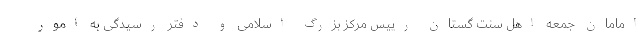
امامان جمعه اهل سنت گستان رییس مرکز بزرگ اسلامی و دفتر رسیدگی به امور